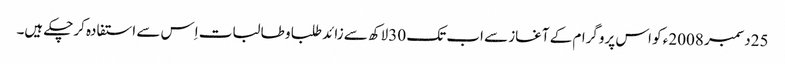
25دسمبر 2008ء کو اس پروگرام کے آغاز سے اب تک 30لاکھ سے زائد طلبا و طالبات اِس سے استفادہ کرچکے ہیں۔